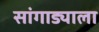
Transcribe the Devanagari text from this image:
सांगाड्याला